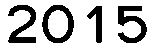
2015